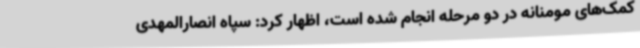
کمک‌های مومنانه در دو مرحله انجام شده است، اظهار کرد: سپاه انصارالمهدی